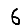
Digit: 6